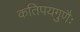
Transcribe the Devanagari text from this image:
कतिपयगुणैः